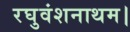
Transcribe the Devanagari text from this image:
रघुवंशनाथम।